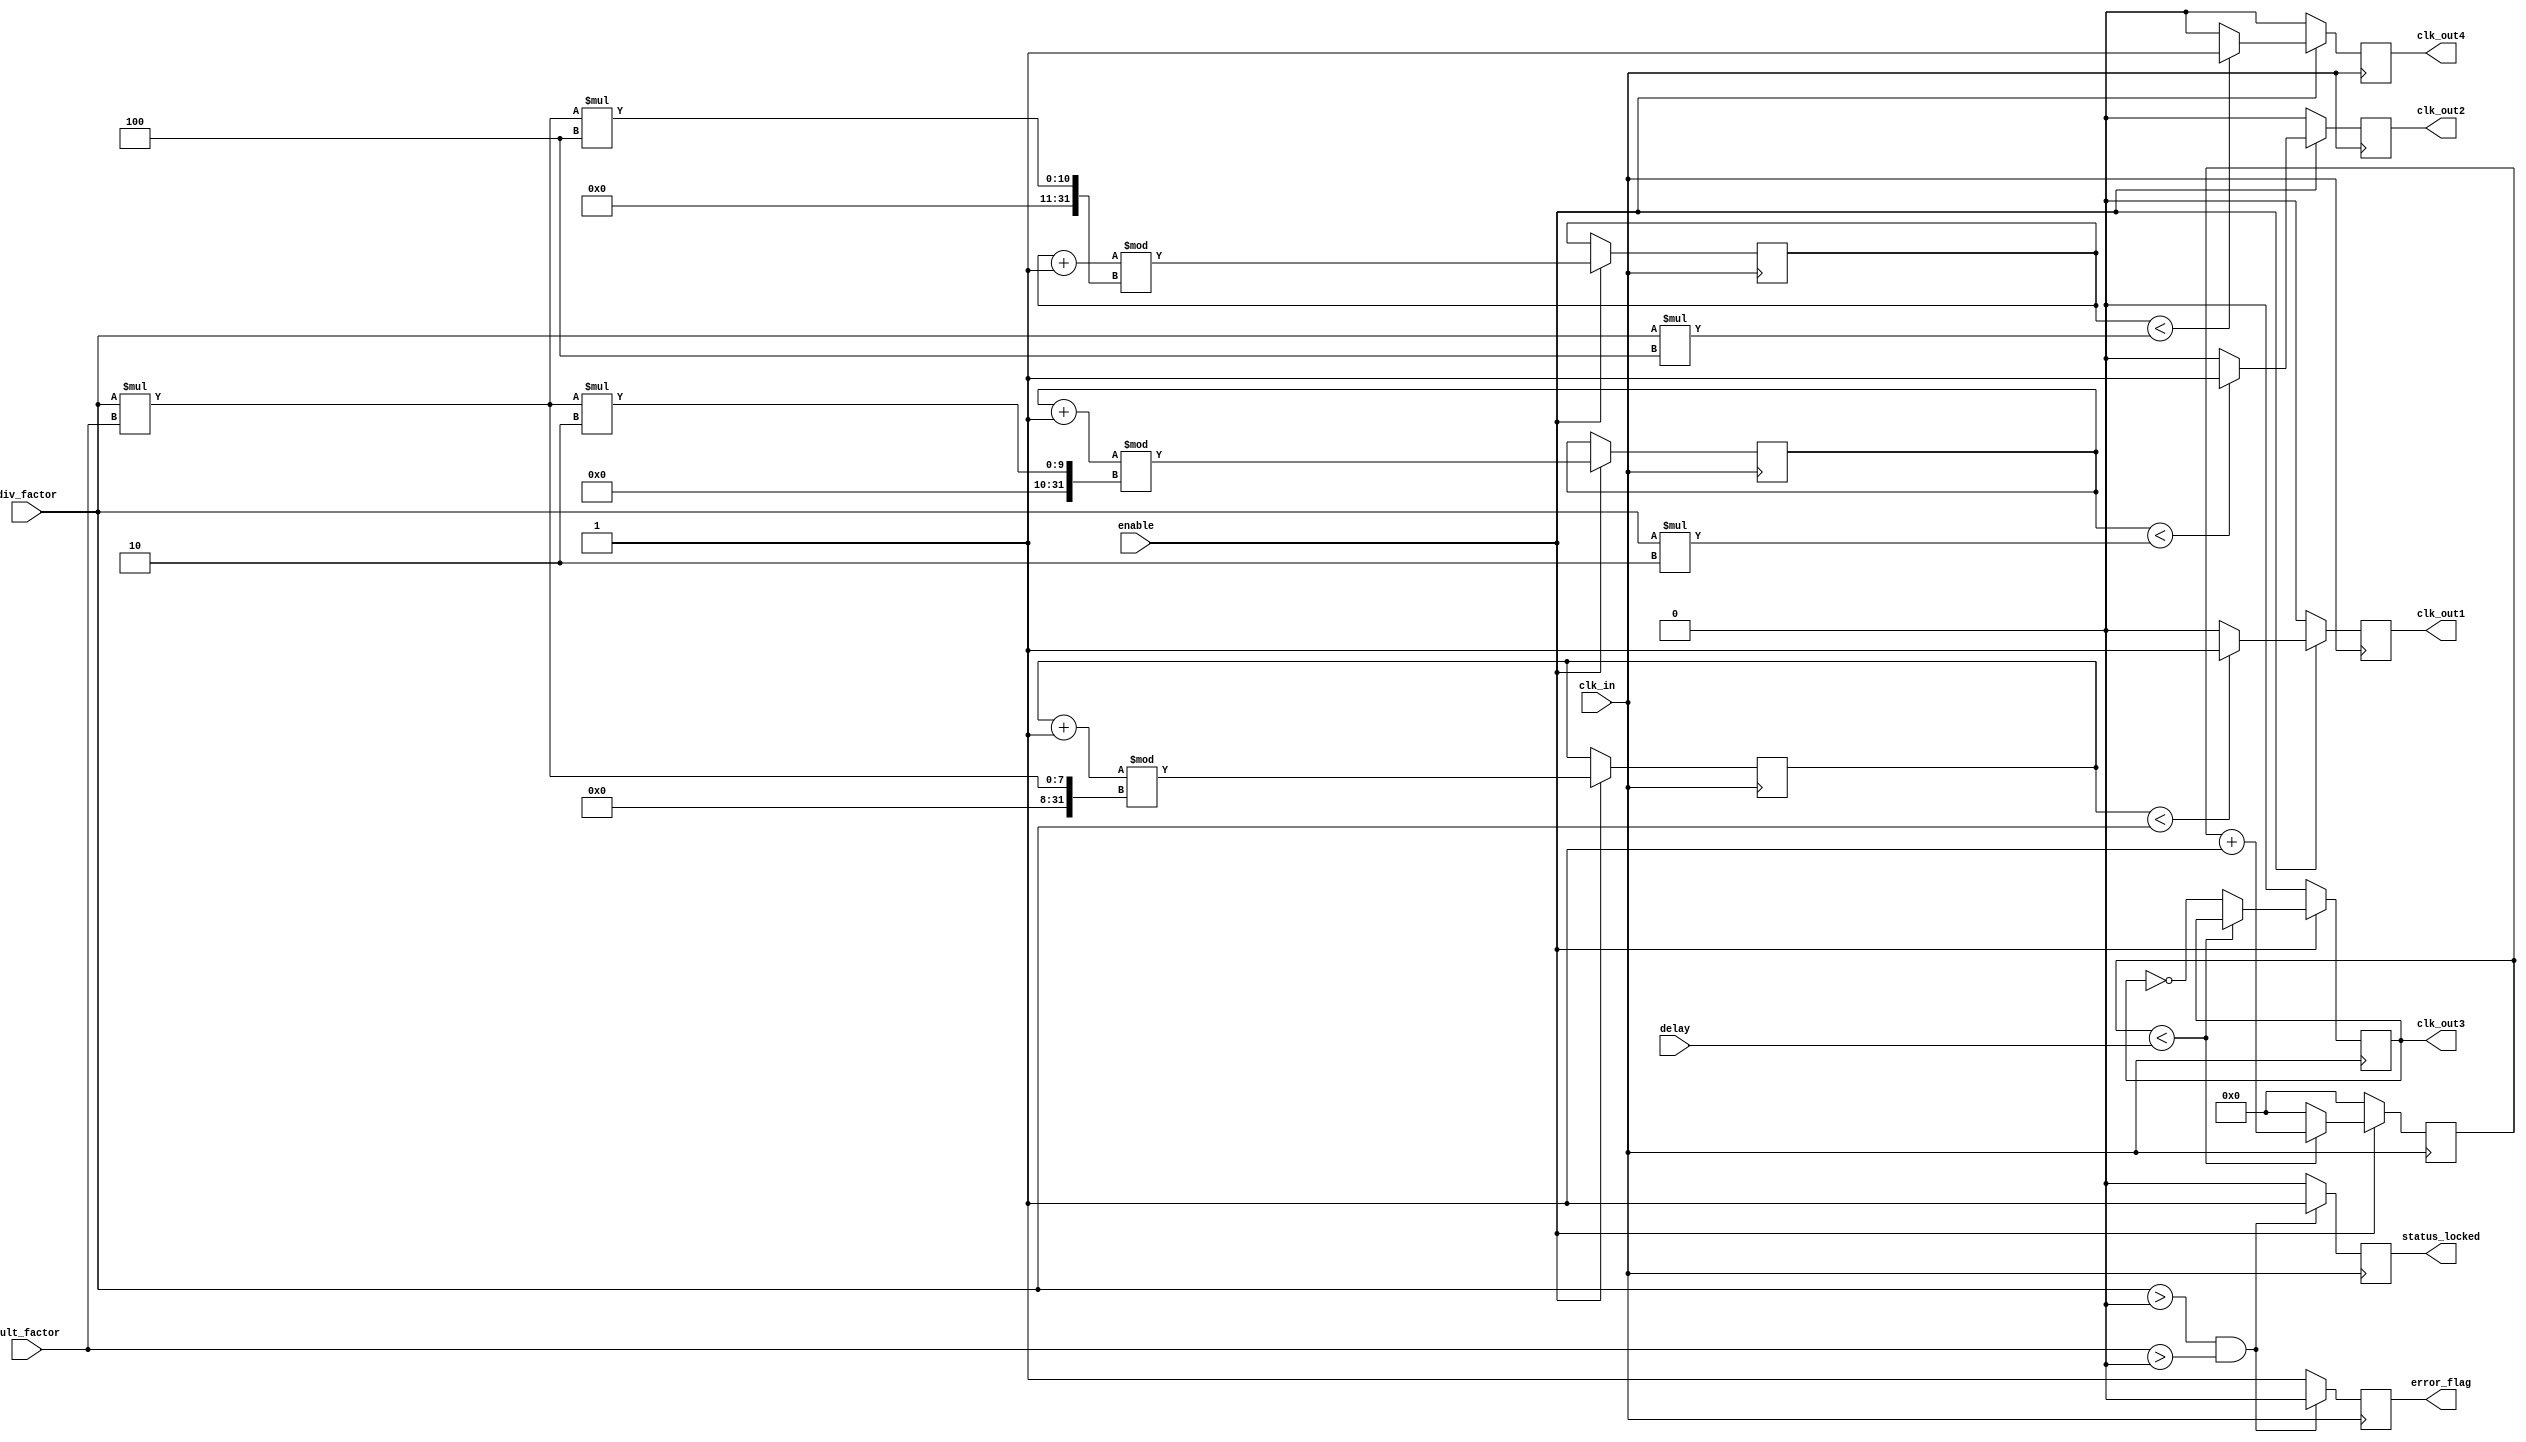
module programmable_clock_buffer (
    input wire clk_in,                // Primary clock input
    input wire [3:0] div_factor,      // Division factor (4-bit)
    input wire [3:0] mult_factor,     // Multiplication factor (4-bit)
    input wire [3:0] delay,           // Delay control (4-bit)
    input wire enable,                // Enable control for outputs
    output reg clk_out1,              // First programmable clock output
    output reg clk_out2,              // Second programmable clock output
    output reg clk_out3,              // Third programmable clock output
    output reg clk_out4,              // Fourth programmable clock output
    output reg status_locked,          // Status indicator for locked signal
    output reg error_flag              // Error flag signal
);

// Internal signals
reg [31:0] counter1, counter2, counter3, counter4;
reg [3:0] delay_counter;

// Divide and multiply clock outputs based on the settings
always @(posedge clk_in) begin
    // Check for valid settings (example threshold check)
    if (div_factor > 0 && mult_factor > 0) begin
        error_flag <= 0; // No error
        status_locked <= 1; // Locked - configuration is valid
    end else begin
        error_flag <= 1; // Set error flag if invalid settings
        status_locked <= 0; // Not locked - invalid config
    end
end

always @(posedge clk_in) begin
    // Clock output 1 - using division factor
    if (enable) begin
        counter1 <= (counter1 + 1) % (div_factor * mult_factor);
        if (counter1 < div_factor)
            clk_out1 <= 1;
        else
            clk_out1 <= 0;
    end else begin
        clk_out1 <= 0; // Disable output if not enabled
    end
end

always @(posedge clk_in) begin
    // Clock output 2 - modified division/multiplication
    if (enable) begin
        counter2 <= (counter2 + 1) % (div_factor * mult_factor * 2);
        if (counter2 < (div_factor * 2))
            clk_out2 <= 1;
        else
            clk_out2 <= 0;
    end else begin
        clk_out2 <= 0;
    end
end

always @(posedge clk_in) begin
    // Clock output 3 - with additional delay
    if (enable) begin
        if (delay_counter < delay) begin
            delay_counter <= delay_counter + 1;
        end else begin
            clk_out3 <= ~clk_out3; // Toggle for clock output
            delay_counter <= 0; // Reset delay counter
        end
    end else begin
        clk_out3 <= 0; // Disable output if not enabled
        delay_counter <= 0; // Reset delay counter
    end
end

always @(posedge clk_in) begin
    // Clock output 4 - scaled by division factor
    if (enable) begin
        counter4 <= (counter4 + 1) % (div_factor * mult_factor * 4);
        if (counter4 < (div_factor * 4))
            clk_out4 <= 1;
        else
            clk_out4 <= 0;
    end else begin
        clk_out4 <= 0; // Disable output if not enabled
    end
end

endmodule